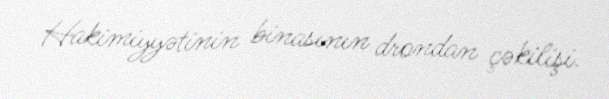
Hakimiyyətinin binasının drondan çəkilişi.